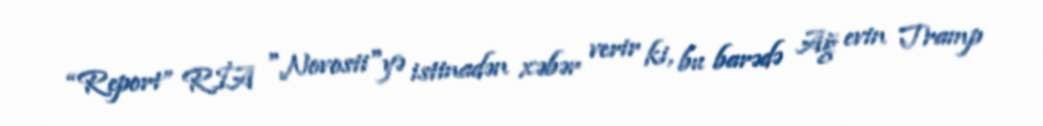
“Report” RİA "Novosti"yə istinadən xəbər verir ki, bu barədə Ağ evin Tramp